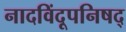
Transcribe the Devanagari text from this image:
नादविंदूपनिषद्